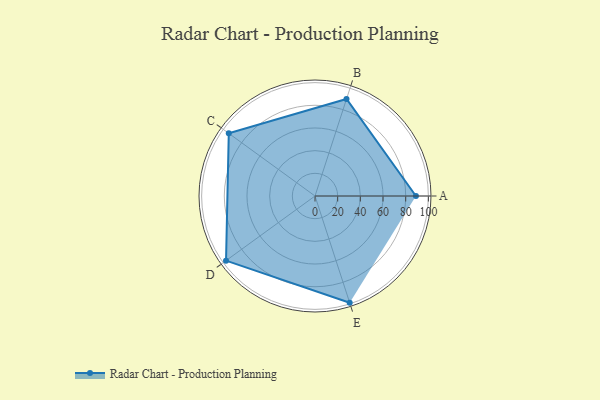
{"axis": {"x": "Skill", "y": "Score"}, "legend": ["Profile"], "data": [{"x": "A", "y": 89.0, "type": "Profile"}, {"x": "B", "y": 90.0, "type": "Profile"}, {"x": "C", "y": 94.0, "type": "Profile"}, {"x": "D", "y": 97.0, "type": "Profile"}, {"x": "E", "y": 99.0, "type": "Profile"}]}